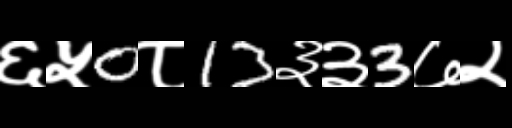
Text: ६५0८13३३3७२